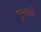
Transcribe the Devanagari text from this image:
पुनर्वाढ